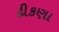
ઢીકણા